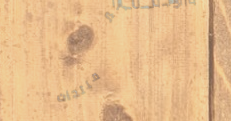
محل بقالة الخير   منتجات